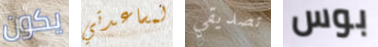
يكون لمساعدتي تصديقي بوس